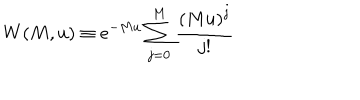
LaTeX: W ( M , u ) \equiv e ^ { - M u } \sum _ { j = 0 } ^ { M } { \frac { \left( M u \right) ^ { j } } { j ! } }